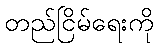
တည်ငြိမ်ရေးကို